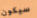
سيكون